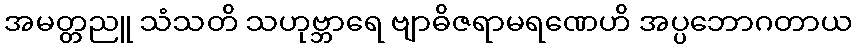
အမတ္တညူ သံသတိ သဟုဗ္ဘာရေ ဗျာဓိဇရာမရဏေဟိ အပ္ပဘောဂတာယ